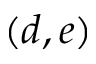
( d , e )